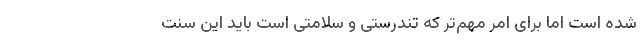
شده است اما برای امر مهم‌تر که تندرستی و سلامتی است باید این سنت